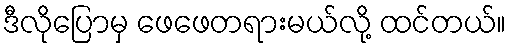
ဒီလိုပြောမှ ဖေဖေတရားမယ်လို့ ထင်တယ်။